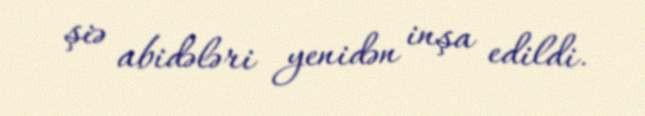
şiə abidələri yenidən inşa edildi.